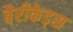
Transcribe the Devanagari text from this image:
बैरीकेड्स